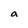
Character: a